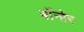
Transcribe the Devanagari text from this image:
बोंनोर